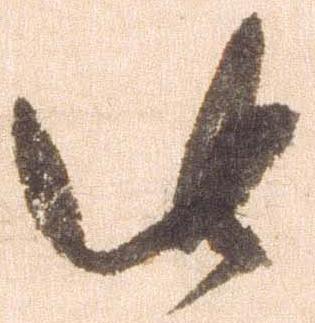
此